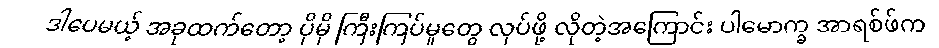
ဒါပေမယ့် အခုထက်တော့ ပိုမို ကြီးကြပ်မှုတွေ လုပ်ဖို့ လိုတဲ့အကြောင်း ပါမောက္ခ အာရစ်ဖ်က